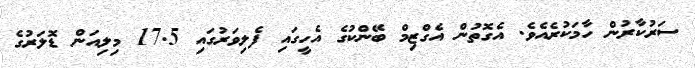
ސަރުކާރުން ހާމަކުރެއެވެ. އެގޮތުން އެގްޒިމް ބޭންކުގެ އެހީގައި ފެލިވަރުގައި 17.5 މިލިއަން ޑޮލަރުގެ